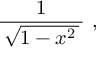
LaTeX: { \frac { 1 } { \, { \sqrt { 1 - x ^ { 2 } \, } } \, } } ~ ,